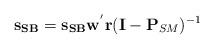
LaTeX: \begin{align*}{\mathbf{s}}_{\mathbf{SB}} ={\mathbf{s}}_{\mathbf{SB}} {{\mathbf{w}}}^{'}{\mathbf{r}} (\mathbf{I}-\mathbf{P}_{SM})^{-1}\end{align*}